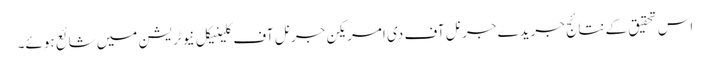
اس تحقیق کے نتائج جریدے جرنل آف دی امریکن جرنل آف کلینیکل نیوٹریشن میں شائع ہوئے۔